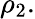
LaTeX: \rho_{2}.